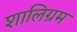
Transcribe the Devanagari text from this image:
शालिग्रम